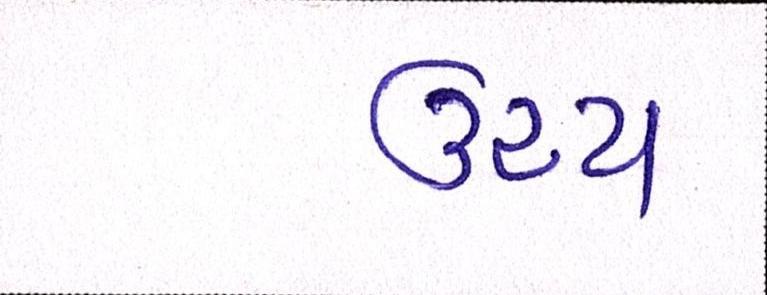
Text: ઉચ્ચ